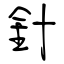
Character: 針